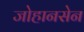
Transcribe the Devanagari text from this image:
जोहानसेन